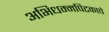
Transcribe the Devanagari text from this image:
अभिधम्मपिटकाचे